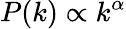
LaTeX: P(k)\propto k^{\alpha}